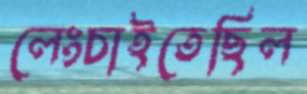
লেংচাইতেছিল